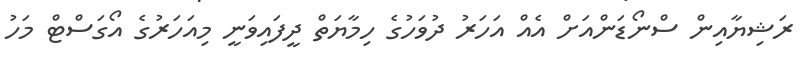
ރަޝިޔާއިން ސްނޯޑަންއަށް އެއް އަހަރު ދުވަހުގެ ހިމާޔަތް ދީފައިވަނީ މިއަހަރުގެ އޯގަސްޓް މަހު